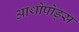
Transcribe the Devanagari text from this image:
आर्थोपोड्स